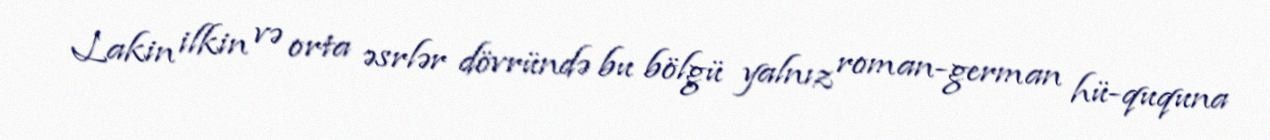
Lakin ilkin və orta əsrlər dövründə bu bölgü yalnız roman-german hü-ququna